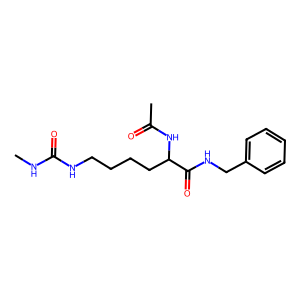
SMILES: CNC(=O)NCCCCC(NC(C)=O)C(=O)NCc1ccccc1
Inhibits HIV replication: No